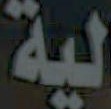
لية